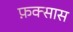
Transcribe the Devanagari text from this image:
फ़क्सास